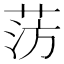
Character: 𫈊